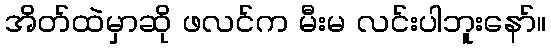
အိတ်ထဲမှာဆို ဖလင်က မီးမ လင်းပါဘူးနော်။